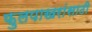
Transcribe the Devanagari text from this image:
फुलपाखरांसाठी